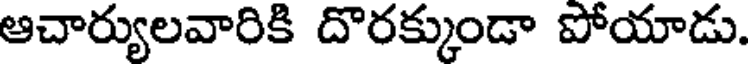
ఆచార్యులవారికి దొరక్కుండా పోయాడు.